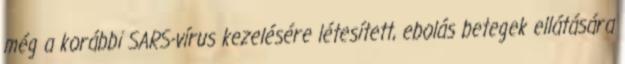
még a korábbi SARS-vírus kezelésére létesített, ebolás betegek ellátására